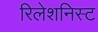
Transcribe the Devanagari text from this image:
रिलेशनिस्ट